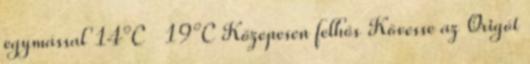
egymással 14°C 19°C Közepesen felhős Kövesse az Origót